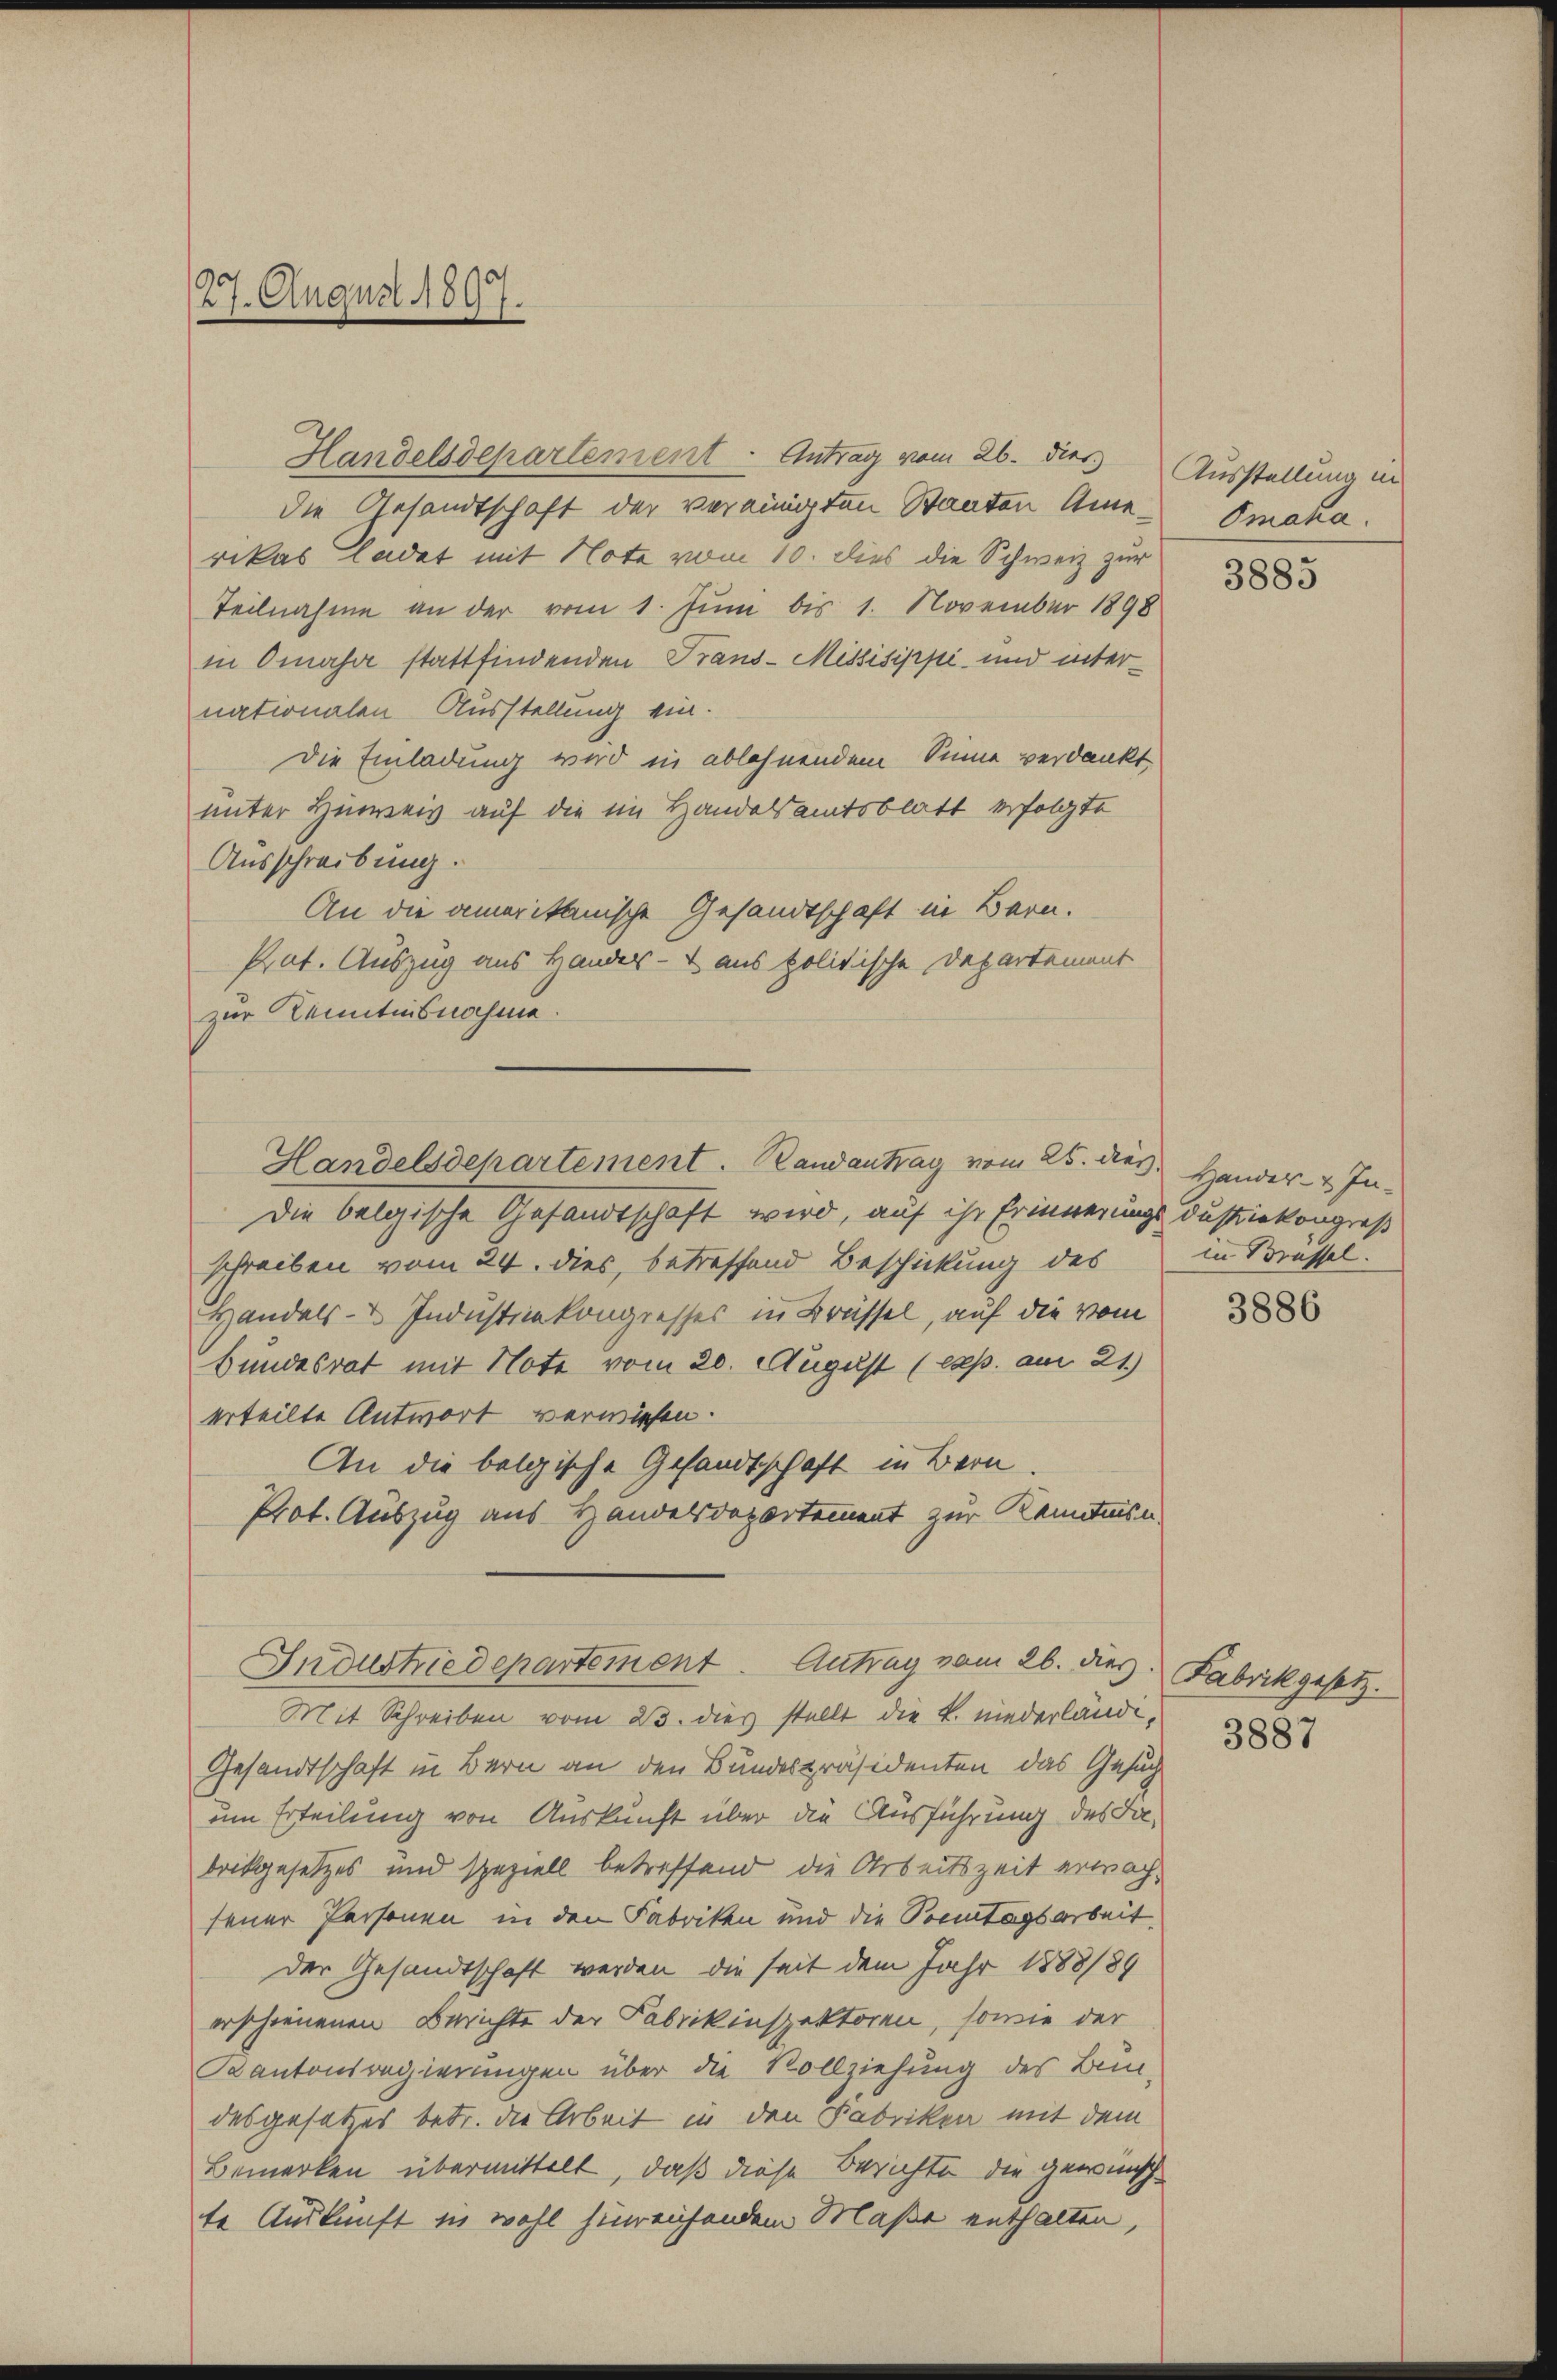
27. August 1897.

Handelsdepartement - Antrag vom 26. dies
die Gesandtschaft der vereinigten Staaten Amerikas ladet mit Note vom 10. dies die Schweiz zur
Teilnahme an der vom 1. Juni bis 1. November 1898
in Omasa stattfindenden Trans-Missisippi und internationalen Ausstellung ein¬
Die Einladung wird in ablehnendem Sinne verdankt
unter Hinweis auf die im Handelsamtsblatt erfolgte
Ausschreibung.
An die amerikanische Gesandtschaft in Bern.
Prat. Auszug aus Hander- & aus politische Departement
zur Kenntnisnahme.
Handelsdepartement. Randantrag vom 25. des Hander- & In-
Die belgische Gesandtschaft wird, auf ihr Erinnerungs dustriekongreß
schreiben vom 24. dies, betreffend Beschickung des
Handels- & Industizkongresses in Brüssel, auf die vom
Bundesrat mit Note vom 20. August (exp. am 21.)
erteilte Antwort verwiesen.
An die belgische Gesandtschaft in Bern.
Prot. Auszug aus Handelsdepartement zur Kenntnisn

Mit Schreiben vom 23. dies stellt die k. niederländi¬
Gesandtschaft in Bern an den Bundespräsidenten das Gesuch
um Erteilung von Auskunft über die Ausführung des Jabrikgesetzes und speziell betreffend die Arbeitszeit erwächsener Personen in den Fabriken und die Sonntagsarbeit
der Gesandtschaft werden, die seit dem Jahr 1888/89
erschienenen Berichte der Fabrikinspektoren, sowie der
Kantonsregierungen über die Rollziehung des Bei-
desgesetzes betr. die Arbeit in den Fabriken mit dem
Bemerken übermittelt, daß diese Berichte die gewünsch
te Auskunft in wohl hinreichendem Maße enthalten,

Industriedepartement. Antrag vom 26. dies

Ausstellung in
Omaha.

3885

in Brassel.

3886

Fabrikgesetz.

3887